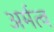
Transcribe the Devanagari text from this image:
अर्मत्व